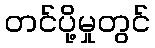
တင်ပို့မှုတွင်